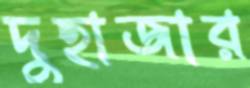
দুহাজার